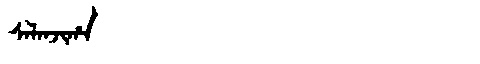
Manchu: ᠰᠠᠯᠠᠨᠵᡳᡥᠠ
Romanization: SALANJIHA